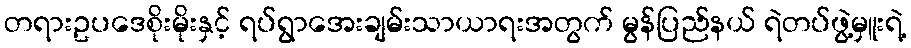
တရားဥပဒေစိုးမိုးနှင့် ရပ်ရွာအေးချမ်းသာယာရးအတွက် မွန်ပြည်နယ် ရဲတပ်ဖွဲ့မှူးရဲ့